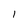
Character: I